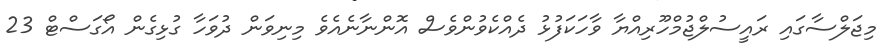
މިޖަލްސާގައި ރައީސުލްޖުމްހޫރިއްޔާ ވާހަކަފުޅު ދެއްކެވުންވެސް އޮންނާނެއެވެ މިނިވަން ދުވަހާ ގުޅިގެން އޯގަސްޓް 23